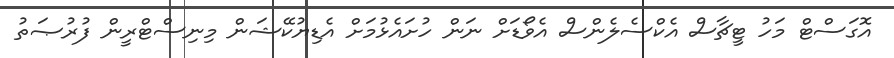
އޮގަސްޓް މަހު ޓީޗާސް އެކްސެލެންސް އެވޯޑަށް ނަން ހުށައެޅުމަށް އެޑިޔުކޭޝަން މިނިސްޓްރީން ފުރުޞަތު